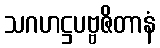
သဂဟဋ္ဌပဗ္ဗဇိတာနံ